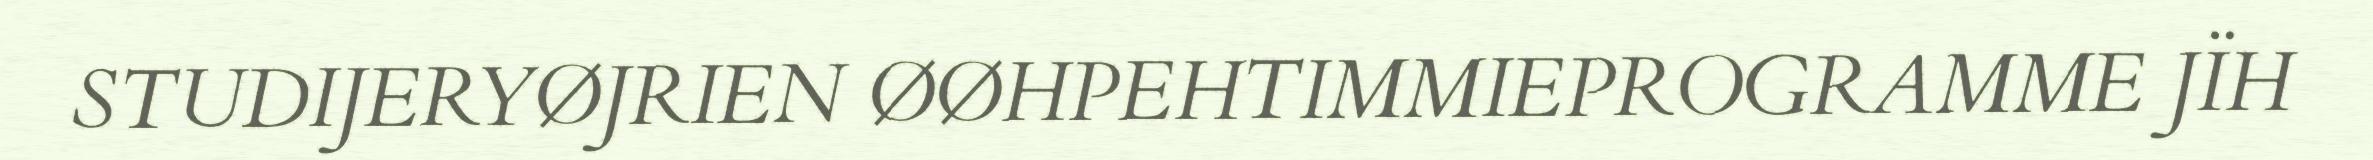
STUDIJERYØJRIEN ØØHPEHTIMMIEPROGRAMME JÏH